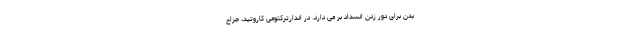
بدن برای دور زدن انسداد بر می دارد. در اندارترکتومی کاروتید، جراح